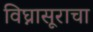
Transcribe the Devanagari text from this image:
विघ्नासूराचा